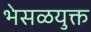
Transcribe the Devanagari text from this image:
भेसळयुक्त